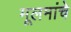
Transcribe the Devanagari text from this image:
मूलमांचे